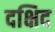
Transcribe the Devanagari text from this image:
दक्षिद